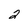
Character: 2